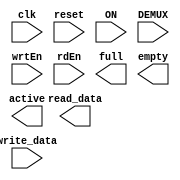
module network_interface_4 #(parameter 	DATA_WIDTH = 16, 
										FLIT_WIDTH = 20,
										APP_ID_BITS = 2,
							           	FIFO_0_DEPTH_BITS = 6,
										FIFO_1_DEPTH_BITS = 3,
										FIFO_2_DEPTH_BITS = 6,
										FIFO_3_DEPTH_BITS = 6) 
(
    input clk,
    input reset,
	input ON,
	input [1:0] DEMUX,
    input [FLIT_WIDTH-1:0] write_data,
    input wrtEn,
    input rdEn,
    
    output [DATA_WIDTH-1:0] read_data,
    output full,
    output empty,
	output active
); 


//==================================================================
`ifdef BASIC_NI

wire wrtEn_temp[0:1];
wire rdEn_temp[0:1];
wire full_temp[0:1];
wire empty_temp[0:1];
wire [DATA_WIDTH-1:0] read_data_temp [0:1];
//wire [DATA_WIDTH-1:0] read_data [0:1],
wire valid[0:1];
tie_fifo #(DATA_WIDTH,FIFO_0_DEPTH_BITS) ip_fifo_data (clk,reset,ON, write_data[DATA_WIDTH - 1:0], wrtEn_temp[0], rdEn_temp[0], 1'b0, read_data_temp[0],full_temp[0],empty_temp[0]);
tie_fifo #(DATA_WIDTH,FIFO_1_DEPTH_BITS) ip_fifo_cred (clk,reset,ON, write_data[DATA_WIDTH - 1:0], wrtEn_temp[1], rdEn_temp[1], 1'b0, read_data_temp[1],full_temp[1],empty_temp[1]);

assign wrtEn_temp[0] 	= 	((write_data[(APP_ID_BITS + DATA_WIDTH - 1) : (DATA_WIDTH)]) == 2'b00) ? wrtEn : 0; 
assign wrtEn_temp[1] 	= 	((write_data[(APP_ID_BITS + DATA_WIDTH - 1) : (DATA_WIDTH)]) == 2'b11) ? wrtEn : 0; 

assign rdEn_temp[0]     =   ( DEMUX == 2'b00) ? rdEn : 0;
assign rdEn_temp[1]     =   ( DEMUX == 2'b11) ? rdEn : 0;

assign read_data        =   ( DEMUX == 2'b00) ? read_data_temp[0] : ( DEMUX == 2'b11) ? read_data_temp[1]: 0;
assign empty 			= 	( DEMUX == 2'b00) ? empty_temp[0] : ( DEMUX == 2'b11) ? empty_temp[1]: 1;
//assign full				=   ( full_temp[0] | full_temp[1]);
assign full				=   0;  //////////////////////////////////////////////////////////////////////////Edited to sent as many packets wanted to core 
//assign active 			=	(~empty_temp[0]) | (~empty_temp[1]) | (wrtEn) | (rdEn);
assign active 			=	(~empty_temp[0]) | (~empty_temp[1]) | (wrtEn);

`endif

//==================================================================
`ifdef ADVANCE_NI

wire wrtEn_temp[0:3];
wire rdEn_temp[0:3];
wire valid_temp[0:3];
wire full_temp[0:3];
wire empty_temp[0:3];
wire [DATA_WIDTH-1:0] read_data_temp [0:3],

tie_fifo #(DATA_WIDTH,FIFO_0_DEPTH_BITS) ip_fifo_0 (clk,reset,ON, write_data[DATA_WIDTH - 1:0], wrtEn_temp[0], rdEn_temp[0], 1'b0, read_data_temp[0], ,full_temp[0],empty_temp[0]);
tie_fifo #(DATA_WIDTH,FIFO_1_DEPTH_BITS) ip_fifo_1 (clk,reset,ON, write_data[DATA_WIDTH - 1:0], wrtEn_temp[1], rdEn_temp[1], 1'b0, read_data_temp[1], ,full_temp[1],empty_temp[1]);
tie_fifo #(DATA_WIDTH,FIFO_2_DEPTH_BITS) ip_fifo_2 (clk,reset,ON, write_data[DATA_WIDTH - 1:0], wrtEn_temp[2], rdEn_temp[2], 1'b0, read_data_temp[2], ,full_temp[2],empty_temp[2]);
tie_fifo #(DATA_WIDTH,FIFO_3_DEPTH_BITS) ip_fifo_2 (clk,reset,ON, write_data[DATA_WIDTH - 1:0], wrtEn_temp[3], rdEn_temp[3], 1'b0, read_data_temp[3], ,full_temp[3],empty_temp[3]);

assign wrtEn_temp[0] 	= 	((write_data[(APP_ID_BITS + DATA_WIDTH - 1) : (DATA_WIDTH)]) == 2'b00) ? wrtEn : 0; 
assign wrtEn_temp[1] 	= 	((write_data[(APP_ID_BITS + DATA_WIDTH - 1) : (DATA_WIDTH)]) == 2'b01) ? wrtEn : 0; 
assign wrtEn_temp[2] 	= 	((write_data[(APP_ID_BITS + DATA_WIDTH - 1) : (DATA_WIDTH)]) == 2'b10) ? wrtEn : 0; 
assign wrtEn_temp[3] 	= 	((write_data[(APP_ID_BITS + DATA_WIDTH - 1) : (DATA_WIDTH)]) == 2'b11) ? wrtEn : 0; 

assign rdEn_temp[0]     =   ( DEMUX == 2'b00) ? rdEn : 0;
assign rdEn_temp[1]     =   ( DEMUX == 2'b01) ? rdEn : 0;
assign rdEn_temp[2]     =   ( DEMUX == 2'b10) ? rdEn : 0;
assign rdEn_temp[3]     =   ( DEMUX == 2'b11) ? rdEn : 0;

assign empty 			= 	( DEMUX == 2'b00) ? empty_temp[0] : 
							( DEMUX == 2'b01) ? empty_temp[1] : 
							( DEMUX == 2'b10) ? empty_temp[2] :
							( DEMUX == 2'b11) ? empty_temp[3] : 1;

assign full				=   ( full_temp[0] | full_temp[1] | full_temp[2] | full_temp[3]);

`endif

endmodule